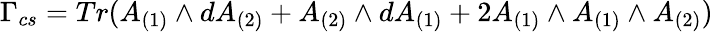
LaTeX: \Gamma_{cs}=Tr(A_{(1)}\wedge dA_{(2)}+A_{(2)}\wedge dA_{(1)}+2A_{(1)}\wedge A_{(1)}\wedge A_{(2)})